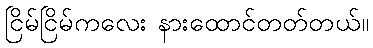
ငြိမ်ငြိမ်ကလေး နားထောင်တတ်တယ်။